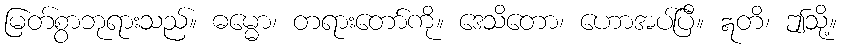
မြတ်စွာဘုရားသည်။ ဓမ္မော၊ တရားတော်ကို။ ဒေသိတော၊ ဟောအပ်ပြီ။ ဣတိ၊ ဤသို့။